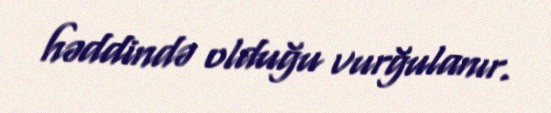
həddində olduğu vurğulanır.